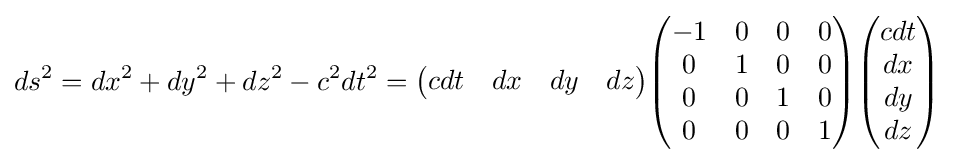
ds^{2}=dx^{2}+dy^{2}+dz^{2}-c^{2}dt^{2}={\begin{pmatrix}cdt&dx&dy&dz\end{pmatrix}}{\begin{pmatrix}-1&0&0&0\\0&1&0&0\\0&0&1&0\\0&0&0&1\end{pmatrix}}{\begin{pmatrix}cdt\\dx\\dy\\dz\end{pmatrix}}